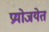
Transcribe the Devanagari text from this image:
प्रयोजयेत